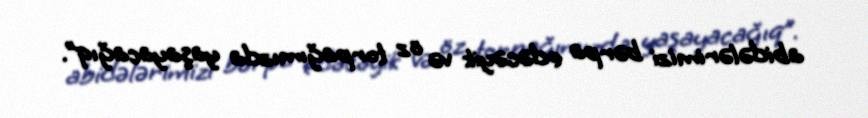
abidələrimizi bərpa edəcəyik və öz torpağımızda yaşayacağıq”.